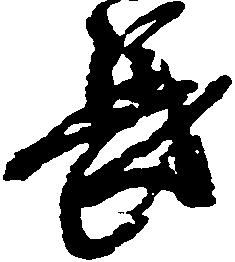
長